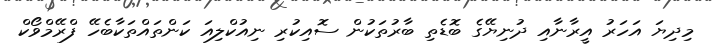
މިދިޔަ އަހަރު އީރާނާއި ދުނިޔޭގެ ބޮޑެތި ބާރުތަކުން ސޮއިކުރި ނިއުކްލިއަ ކަންތައްތަކާބެހޭ ފްރޭމްވޯކް